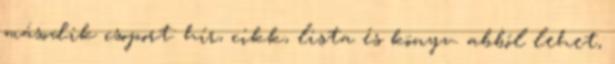
második csoport: hír, cikk, lista és könyv. abból lehet,